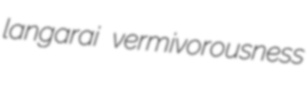
langarai vermivorousness